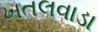
ખતલવાડા